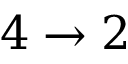
4 \rightarrow 2